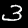
Label: 3